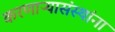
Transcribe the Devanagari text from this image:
करणाऱ्यासंस्थांना